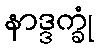
နာဒ္ဒက္ခုံ